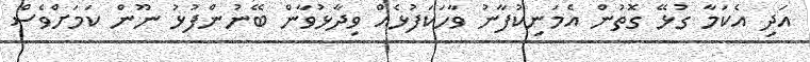
އަދި އެކަމާ ގުޅޭ ގޮތުން އެމަނިކުފާނު ވާހަކަފުޅެއް ވިދާޅުވާން ބޭނުންފުޅު ނޫން ކަމަށްވެސް